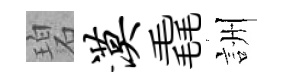
碧漠毳詶